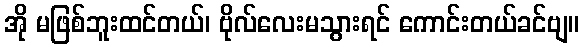
အို မဖြစ်ဘူးထင်တယ်၊ ဗိုလ်လေးမသွားရင် ကောင်းတယ်ခင်ဗျ။